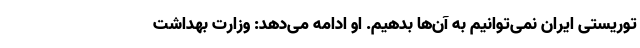
توریستی ایران نمی‌توانیم به آن‌ها بدهیم. او ادامه می‌دهد: وزارت بهداشت